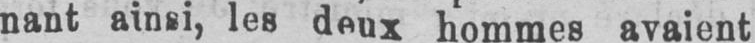
nant ainsi, les deux hommes avaient